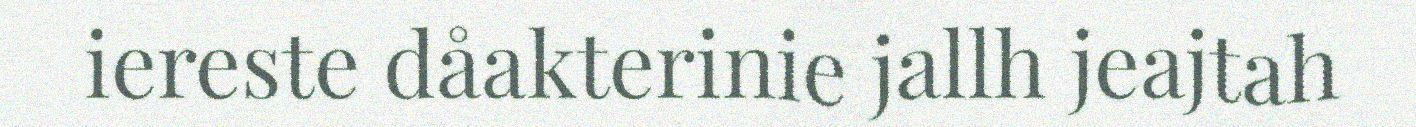
iereste dåakterinie jallh jeajtah